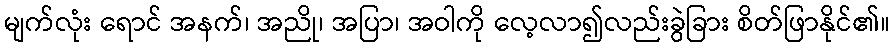
မျက်လုံး ရောင် အနက်၊ အညို၊ အပြာ၊ အဝါကို လေ့လာ၍လည်းခွဲခြား စိတ်ဖြာနိုင်၏။